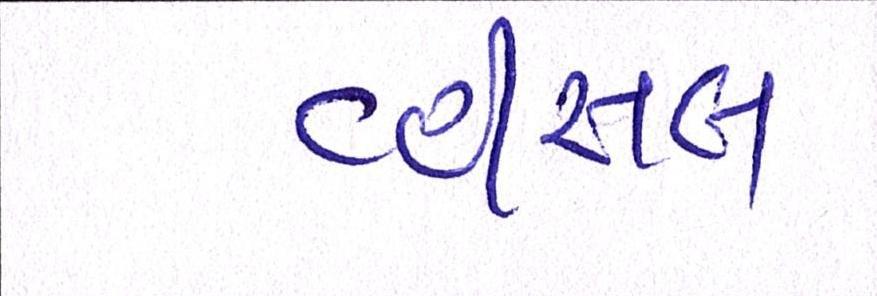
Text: વ્હીસલ